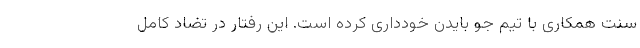
سنت همکاری با تیم جو بایدن خودداری کرده است. این رفتار در تضاد کامل